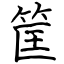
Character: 筐